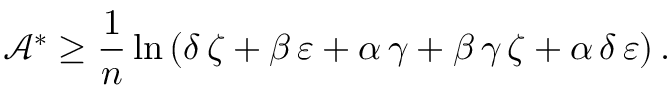
\mathcal { A } ^ { \ast } \geq \frac { 1 } { n } \ln \left( \delta \, \zeta + \beta \, \varepsilon + \alpha \, \gamma + \beta \, \gamma \, \zeta + \alpha \, \delta \, \varepsilon \right) .